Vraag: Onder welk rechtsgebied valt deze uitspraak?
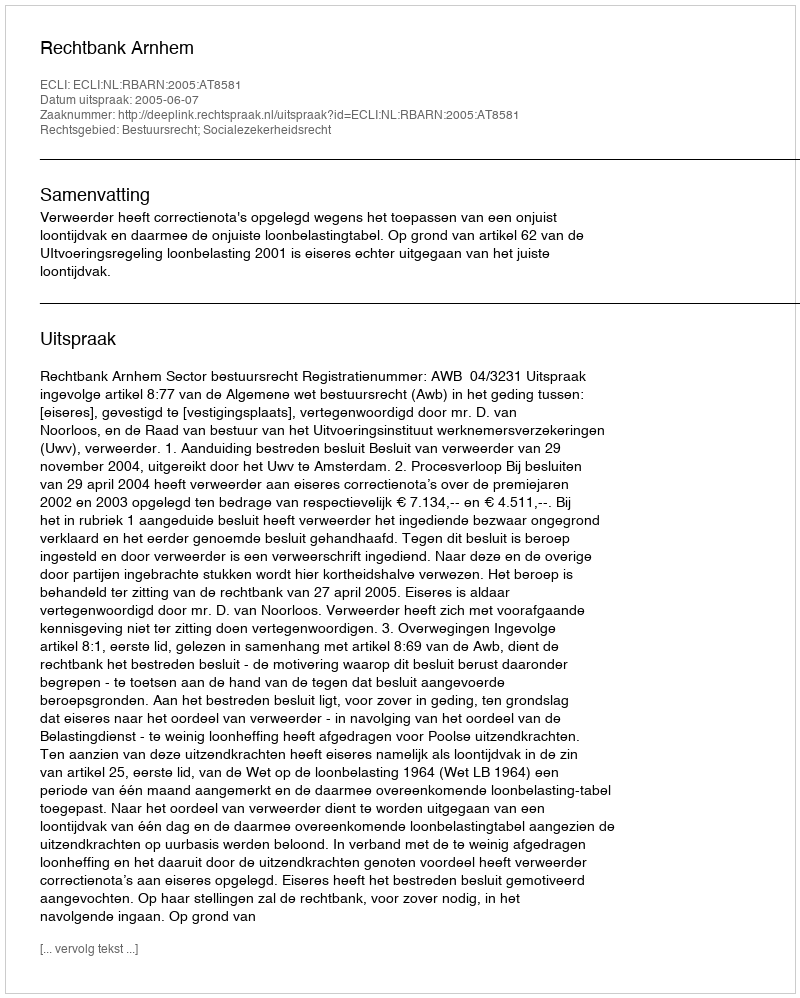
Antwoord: Bestuursrecht; Socialezekerheidsrecht